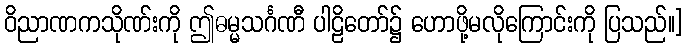
ဝိညာဏကသိုဏ်းကို ဤဓမ္မသင်္ဂဏီ ပါဠိတော်၌ ဟောဖို့မလိုကြောင်းကို ပြသည်။]